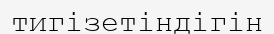
тигізетіндігін